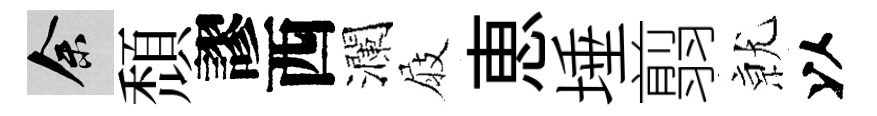
余頹謬西瀾屐恵埵翦𭕒以